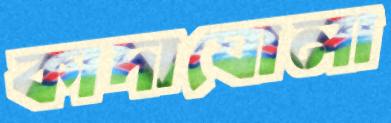
কাদাঘোলা